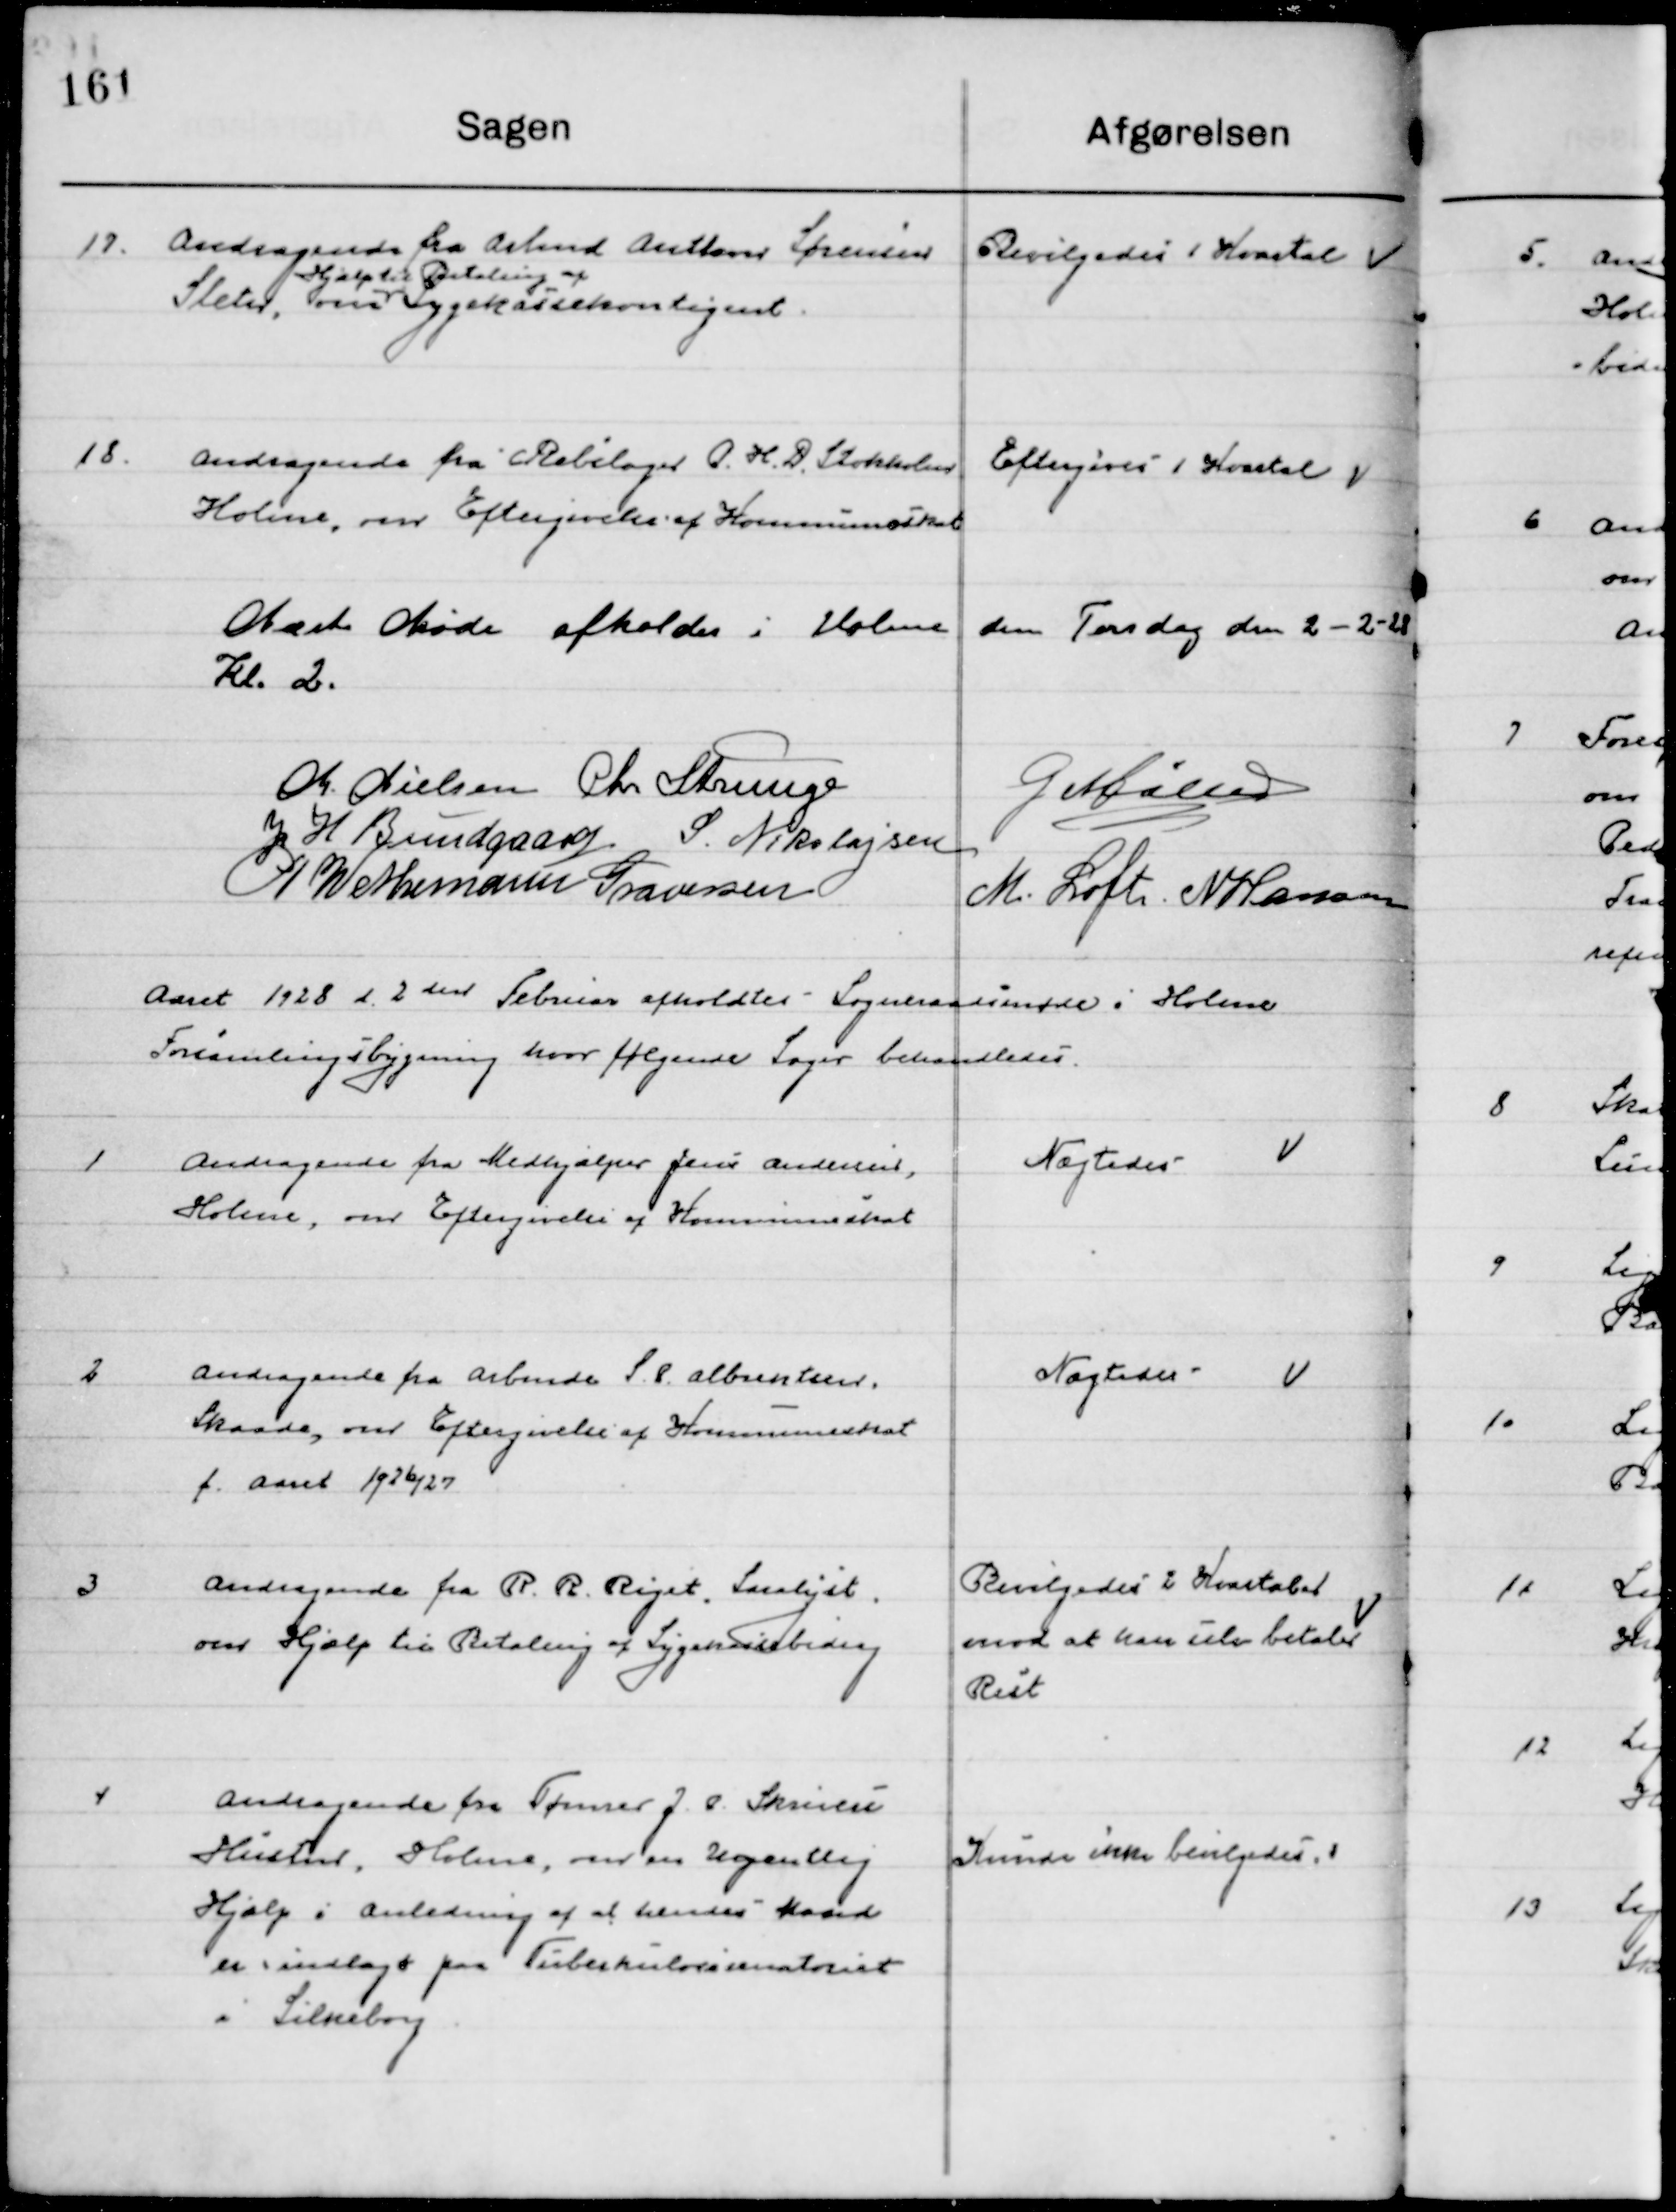
Transskription:
17

Andragende fra Arbmd. Anthon Sørensen
Sleter, om 
Hjælp til Betaling af 
Sygekassekontingent

Bevilgedes 1 Kvartal

18

Andragende fra Rebslager P.H.D. Stokholm
Holme, om Eftergivelse af Kommuneskat

Eftergives 1 Kvartal

Næste Møde afholdes d. 6de i i Holme den Torsdag den 2-2-28
Kl. 2

M. Nielsen
Chr. Strunge
G. Møller
J. H. Bundgaard
S. Nikolajsen
G. W. Neumann Graversen
M. Loft
N. Hansen

Aaret 1928 d. 2den Februar afholdt Sogneraadsmøde i Holme 
Forsamlingsbygning hvor følgende Sager behandledes.

1

Andragende fra Medhjælper Jens Andersen,
Holme, om Eftergivelse af Kommuneskat

Nægtes

2

Andragende fra Arbmd. S. P. Albrektsen
Skaade om Eftergivelse af Kommuneskat
f. Aaret 1926/27

Nægtes

3

Andragende fra R. R. Riget, Saralyst.
om Hjælp til Betaling af Sygekassekontingent

Bevilgedes 2 Kvartaler
Mod at han selv betaler 
Rest

4

Andragende fra Tømrer J. P. Skrivelse
Hustru, Holme, om en Ugentlig 
Hjælp i anledning af at hendes Mand
Er indlagt paa Tuberkuloses sanatoriet 	
I Silkeborg

Kunde ikke Bevilgedes